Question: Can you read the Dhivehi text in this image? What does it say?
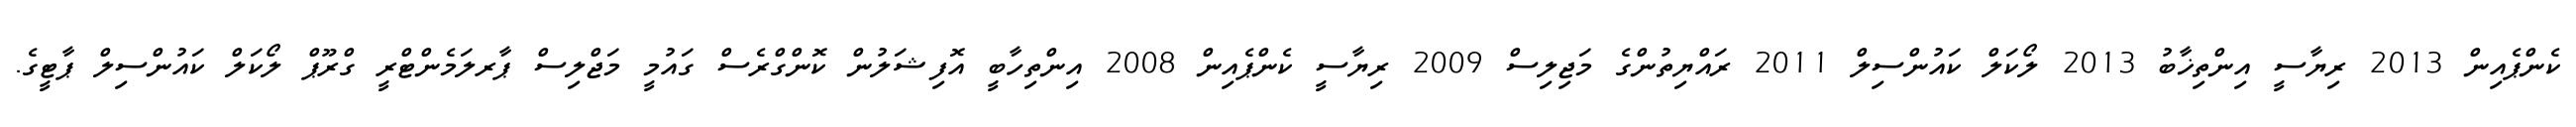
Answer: ކެންޕެއިން 2013 ރިޔާސީ އިންތިޚާބު 2013 ލޯކަލް ކައުންސިލް 2011 ރައްޔިތުންގެ މަޖިލިސް 2009 ރިޔާސީ ކެންޕެއިން 2008 އިންތިހާބީ އޮފިޝަލުން ކޮންގްރެސް ގައުމީ މަޖްލިސް ޕާރލަމެންޓްރީ ގްރޫޕް ލޯކަލް ކައުންސިލް ޕާޓީގެ.